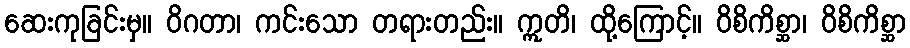
ဆေးကုခြင်းမှ။ ဝိဂတာ၊ ကင်းသော တရားတည်း။ ဣတိ၊ ထို့ကြောင့်။ ဝိစိကိစ္ဆာ၊ ဝိစိကိစ္ဆာ